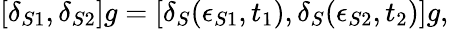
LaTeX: [\delta_{S1},\delta_{S2}]g=[\delta_{S}(\epsilon_{S1},t_{1}),\delta_{S}(\epsilon_{S2},t_{2})]g,